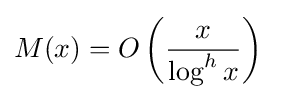
M(x)=O\left({\frac {x}{\log ^{h}x}}\right)\